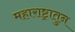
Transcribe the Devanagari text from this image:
महाराष्ट्रातुन